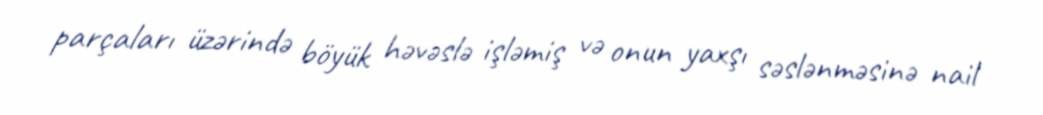
parçaları üzərində böyük həvəslə işləmiş və onun yaxşı səslənməsinə nail